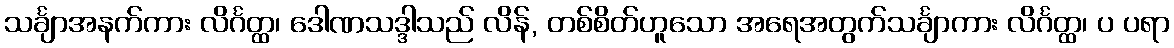
သင်္ချာအနက်ကား လိင်္ဂတ္ထ၊ ဒေါဏသဒ္ဒါသည် လိန်, တစ်စိတ်ဟူသော အရေအတွက်သင်္ချာကား လိင်္ဂတ္ထ၊ ပ ပရာ